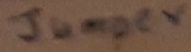
Text: Jumper